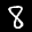
Label: 8